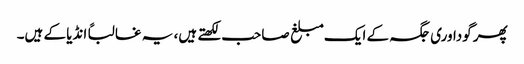
پھر گوداوری جگہ کے ایک مبلغ صاحب لکھتے ہیں، یہ غالباً انڈیا کے ہیں۔